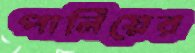
পানিয়ের